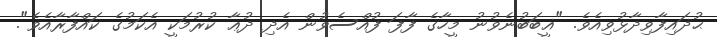
ޙުޛައިފާވިދާޅުވިއެވެ. "ޣީބަބުނެވުނު މީހާގެ ފާފަ ފުއްސެވުން އެދި ދުޢާ ކުރުމަކީ އެކަމުގެ ކައްފާރާއެވެ".